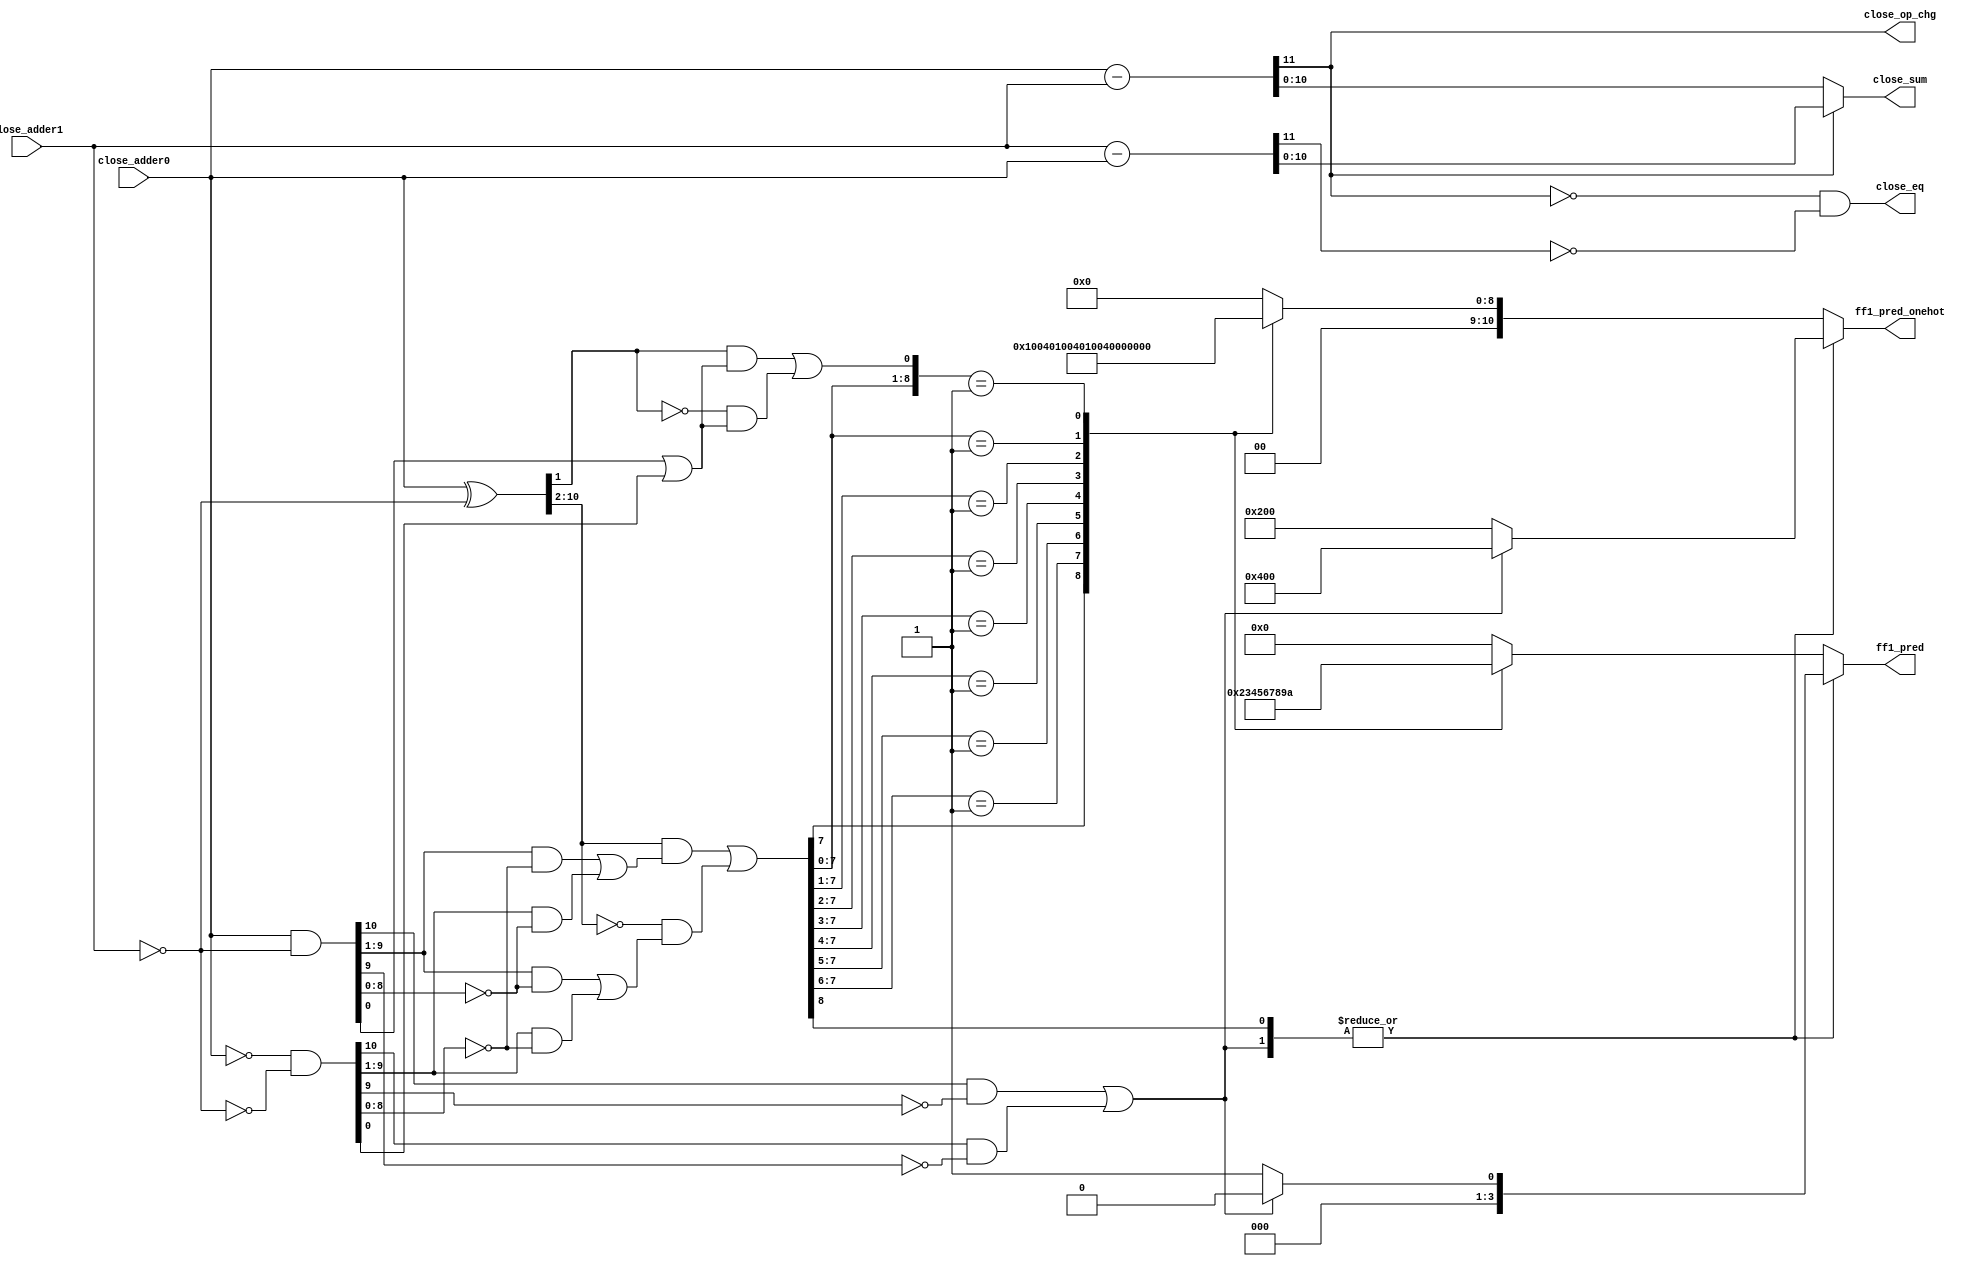
// This program was cloned from: https://github.com/T-head-Semi/openc910
// License: Apache License 2.0

/*Copyright 2019-2021 T-Head Semiconductor Co., Ltd.

Licensed under the Apache License, Version 2.0 (the "License");
you may not use this file except in compliance with the License.
You may obtain a copy of the License at

    http://www.apache.org/licenses/LICENSE-2.0

Unless required by applicable law or agreed to in writing, software
distributed under the License is distributed on an "AS IS" BASIS,
WITHOUT WARRANTIES OR CONDITIONS OF ANY KIND, either express or implied.
See the License for the specific language governing permissions and
limitations under the License.
*/

// &ModuleBeg; @22
module ct_fadd_close_s0_h(
  close_adder0,
  close_adder1,
  close_eq,
  close_op_chg,
  close_sum,
  ff1_pred,
  ff1_pred_onehot
);

// &Ports; @23
input   [10:0]  close_adder0;        
input   [10:0]  close_adder1;        
output          close_eq;            
output          close_op_chg;        
output  [10:0]  close_sum;           
output  [3 :0]  ff1_pred;            
output  [10:0]  ff1_pred_onehot;     

// &Regs; @24
reg     [3 :0]  ff1_pred_8_0;        
reg     [10:0]  ff1_pred_onehot_8_0; 

// &Wires; @25
wire    [10:0]  close_adder0;        
wire    [10:0]  close_adder1;        
wire            close_eq;            
wire    [10:0]  close_ff1_a;         
wire    [10:0]  close_ff1_b;         
wire    [10:0]  close_ff1_c;         
wire    [10:0]  close_ff1_f;         
wire    [10:0]  close_ff1_g;         
wire    [10:0]  close_ff1_t;         
wire    [10:0]  close_ff1_z;         
wire            close_op_chg;        
wire    [10:0]  close_sum;           
wire    [11:0]  close_sum0;          
wire    [11:0]  close_sum1;          
wire    [3 :0]  ff1_pred;            
wire    [3 :0]  ff1_pred_10_9;       
wire    [3 :0]  ff1_pred_nz;         
wire    [10:0]  ff1_pred_nz_onehot;  
wire    [10:0]  ff1_pred_onehot;     
wire    [10:0]  ff1_pred_onehot_10_9; 

//close_sum0 for F0-F1
assign close_sum0[11:0]    = {1'b0,close_adder0[10:0]} - {1'b0,close_adder1[10:0]};
//close_sum0 for F1-F0
assign close_sum1[11:0]    = {1'b0,close_adder1[10:0]} - {1'b0,close_adder0[10:0]};
//close_sum select, keep sum not negative
assign close_sum[10:0]     = (close_sum0[11])
                           ? close_sum1[10:0]
                           : close_sum0[10:0];
assign close_op_chg        = close_sum0[11];
assign close_eq            = !close_sum0[11] && !close_sum1[11];
//FF1 Logic of Close Path S0
//If predict first 1 set at r[n]
//Actual first 1 may set at r[n+1] or r[n]
//A and B are to oprand
assign close_ff1_a[10:0] = close_adder0[10:0];
assign close_ff1_b[10:0] = close_adder1[10:0];

//C = B && act_add || ~B && act_sub
assign close_ff1_c[10:0] = ~close_ff1_b[10:0];
//T = A^C  G=A&C  Z=(~A)&(~C)
assign close_ff1_t[10:0] = close_ff1_a[10:0] ^ close_ff1_c[10:0];
assign close_ff1_g[10:0] = close_ff1_a[10:0] & close_ff1_c[10:0];
assign close_ff1_z[10:0] = (~close_ff1_a[10:0]) & (~close_ff1_c[10:0]);
//F :
//fn-1 = En[gi(~zi-1) + zi(~gi-1)] + (~En)[gi(~gi-1) + zi(~zi-1)], En=act_sub
//f0   = t1(g0En+z0) + (~t1)(z0En+g0)
//fi   = ti+1[gi(~zi-1) + zi(~gi-1)] + (~ti+1)[gi(~gi-1) + zi(~zi-1)]
assign close_ff1_f[10]   =  ( close_ff1_g[10] & (~close_ff1_z[9])) | 
                            ( close_ff1_z[10] & (~close_ff1_g[9]));                          
assign close_ff1_f[0]    = (( close_ff1_t[1]) & (close_ff1_g[0] | close_ff1_z[0])) | 
                           ((~close_ff1_t[1]) & (close_ff1_z[0] | close_ff1_g[0]));
assign close_ff1_f[9:1] = (( close_ff1_t[10:2]) & ((close_ff1_g[9:1] & (~close_ff1_z[8:0])) | 
                            ( close_ff1_z[9:1]  & (~close_ff1_g[8:0]))))                     | 
                           ((~close_ff1_t[10:2]) & ((close_ff1_g[9:1] & (~close_ff1_g[8:0])) | 
                            ( close_ff1_z[9:1]  & (~close_ff1_z[8:0]))));                            

// &CombBeg; @62
always @( close_ff1_f[8:0])
begin
casez(close_ff1_f[8:0])
  9'b1???????? : begin 
    ff1_pred_onehot_8_0[10:0] = 11'b00100_000000;
    ff1_pred_8_0[3:0]         = 4'd2;
  end
  9'b01??????? : begin 
    ff1_pred_onehot_8_0[10:0] = 11'b00010_000000;
    ff1_pred_8_0[3:0]         = 4'd3;
  end
  9'b001?????? : begin 
    ff1_pred_onehot_8_0[10:0] = 11'b00001_000000;
    ff1_pred_8_0[3:0]         = 4'd4;
  end
  9'b0001????? : begin 
    ff1_pred_onehot_8_0[10:0] = 11'b00000_100000;
    ff1_pred_8_0[3:0]         = 4'd5;
  end
  9'b00001???? : begin 
    ff1_pred_onehot_8_0[10:0] = 11'b00000_010000;
    ff1_pred_8_0[3:0]         = 4'd6;
  end
  9'b000001??? : begin 
    ff1_pred_onehot_8_0[10:0] = 11'b00000_001000;
    ff1_pred_8_0[3:0]         = 4'd7;
  end
  9'b0000001?? : begin 
    ff1_pred_onehot_8_0[10:0] = 11'b00000_000100;
    ff1_pred_8_0[3:0]         = 4'd8;
  end
  9'b00000001? : begin 
    ff1_pred_onehot_8_0[10:0] = 11'b00000_000010;
    ff1_pred_8_0[3:0]         = 4'd9;
  end
  9'b000000001 : begin 
    ff1_pred_onehot_8_0[10:0] = 11'b00000_000001;
    ff1_pred_8_0[3:0]         = 4'd10;
  end
  default : begin 
    ff1_pred_onehot_8_0[10:0] = 11'b00000_000000;
    ff1_pred_8_0[3:0]         = 4'd0;
  end
endcase
// &CombEnd; @105
end

assign ff1_pred_onehot_10_9[10:0] = (close_ff1_f[10])
                                   ? 11'b10000_000000
                                   : 11'b01000_000000;
assign ff1_pred_10_9[3:0]         = (close_ff1_f[10])
                                   ? 4'b0
                                   : 4'b1;

assign ff1_pred_nz_onehot[10:0] = (|close_ff1_f[10:9])
                                ? ff1_pred_onehot_10_9[10:0]
                                : ff1_pred_onehot_8_0[10:0];
assign ff1_pred_nz[3:0]         = (|close_ff1_f[10:9])
                                ? ff1_pred_10_9[3:0]
                                : ff1_pred_8_0[3:0];


assign ff1_pred_onehot[10:0] = ff1_pred_nz_onehot[10:0];
assign ff1_pred[3:0]         = ff1_pred_nz[3:0];
// &ModuleEnd; @124
endmodule